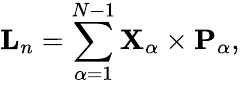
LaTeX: {\mathbf{L}}_{n}=\sum_{\alpha=1}^{N-1}{\mathbf{X}}_{\alpha}\times{\mathbf{P}}_{\alpha},